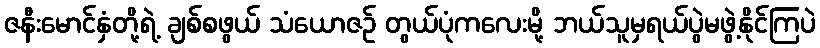
ဇနီးမောင်နှံတို့ရဲ့ ချစ်စဖွယ် သံယောဇဉ် တွယ်ပုံကလေးမို့ ဘယ်သူမှရယ်ပွဲမဖွဲ့နိုင်ကြပဲ